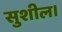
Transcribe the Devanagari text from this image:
सुशील।